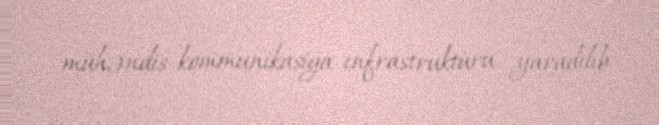
mühəndis-kommunikasiya infrastrukturu yaradılıb.